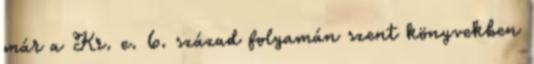
már a Kr. e. 6. század folyamán szent könyvekben